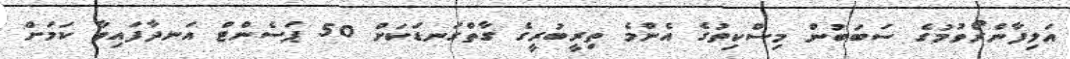
އަލިފާންރޯވުމުގެ ސަބަބުން މިސްކިތުގެ އެންމެ ތިރީބުރީގެ ގާތްގަނޑަކަށް 50 ޕަސެންޓް އަނދާފައިވާ ކަމަށް